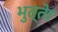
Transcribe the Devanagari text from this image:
भुत्तेा